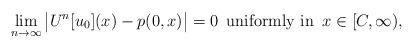
LaTeX: \begin{align*}\lim_{n\to\infty} \big|U^n[u_0](x)-p(0,x)\big|=0\,\hbox{ uniformly in }\,x\in [C,\infty),\end{align*}